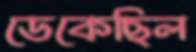
ডেকেছিল